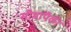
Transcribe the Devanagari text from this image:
सीमांपैकी